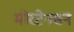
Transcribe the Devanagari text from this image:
मोरटेनसन